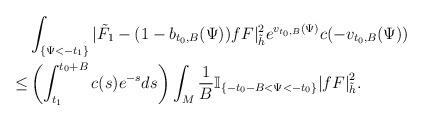
LaTeX: \begin{align*} & \int_{\{\Psi<-t_1\}}|\tilde{F}_1-(1-b_{t_0,B}(\Psi))fF|^2_{\tilde{h}} e^{v_{t_0,B}(\Psi)}c(-v_{t_0,B}(\Psi)) \\ \le &\left(\int_{t_1}^{t_0+B}c(s)e^{-s}ds\right) \int_{M}\frac{1}{B}\mathbb{I}_{\{-t_0-B<\Psi<-t_0\}}{|fF|}^2_{\tilde{h}}.\end{align*}